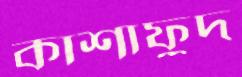
কাশাফুদ